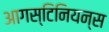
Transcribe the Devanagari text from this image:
आगस्टिनियन्स